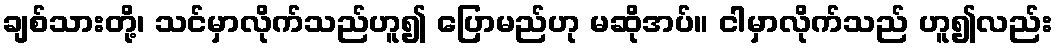
ချစ်သားတို့၊ သင်မှာလိုက်သည်ဟူ၍ ပြောမည်ဟု မဆိုအပ်။ ငါမှာလိုက်သည် ဟူ၍လည်း